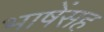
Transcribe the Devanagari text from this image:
भाषेंसह